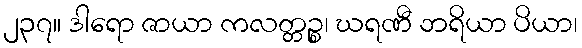
၂၃၇။ ဒါရော ဇာယာ ကလတ္တဉ္စ၊ ဃရဏီ ဘရိယာ ပိယာ၊